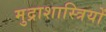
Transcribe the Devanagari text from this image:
मुद्राशास्त्रियों